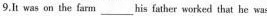
9.It was on the farm___his father worked that he was